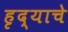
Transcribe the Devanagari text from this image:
हृद्याचे